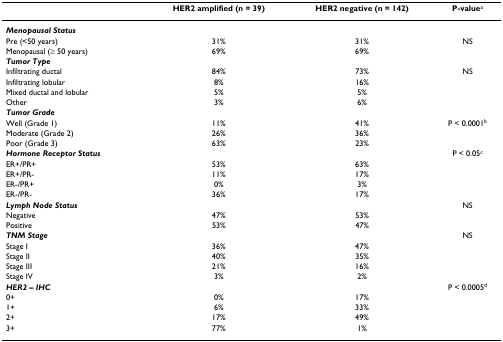
<table><thead><tr><td></td><td><b>HER2 amplified (n = 39)</b></td><td><b>HER2 negative (n = 142)</b></td><td><b>P-value<sup>a</sup></b></td></tr></thead><tbody><tr><td><b><i>Menopausal Status</i></b></td><td></td><td></td><td></td></tr><tr><td>Pre (&lt;50 years)</td><td>31%</td><td>31%</td><td>NS</td></tr><tr><td>Menopausal (≥ 50 years)</td><td>69%</td><td>69%</td><td></td></tr><tr><td><b><i>Tumor Type</i></b></td><td></td><td></td><td></td></tr><tr><td>Infiltrating ductal</td><td>84%</td><td>73%</td><td>NS</td></tr><tr><td>Infiltrating lobular</td><td>8%</td><td>16%</td><td></td></tr><tr><td>Mixed ductal and lobular</td><td>5%</td><td>5%</td><td></td></tr><tr><td>Other</td><td>3%</td><td>6%</td><td></td></tr><tr><td><b><i>Tumor Grade</i></b></td><td></td><td></td><td></td></tr><tr><td>Well (Grade 1)</td><td>11%</td><td>41%</td><td>P &lt; 0.0001<sup>b</sup></td></tr><tr><td>Moderate (Grade 2)</td><td>26%</td><td>36%</td><td></td></tr><tr><td>Poor (Grade 3)</td><td>63%</td><td>23%</td><td></td></tr><tr><td><b><i>Hormone Receptor Status</i></b></td><td></td><td></td><td>P &lt; 0.05<sup>c</sup></td></tr><tr><td>ER+/PR+</td><td>53%</td><td>63%</td><td></td></tr><tr><td>ER+/PR-</td><td>11%</td><td>17%</td><td></td></tr><tr><td>ER-/PR+</td><td>0%</td><td>3%</td><td></td></tr><tr><td>ER-/PR-</td><td>36%</td><td>17%</td><td></td></tr><tr><td><b><i>Lymph Node Status</i></b></td><td></td><td></td><td>NS</td></tr><tr><td>Negative</td><td>47%</td><td>53%</td><td></td></tr><tr><td>Positive</td><td>53%</td><td>47%</td><td></td></tr><tr><td><b><i>TNM Stage</i></b></td><td></td><td></td><td>NS</td></tr><tr><td>Stage I</td><td>36%</td><td>47%</td><td></td></tr><tr><td>Stage II</td><td>40%</td><td>35%</td><td></td></tr><tr><td>Stage III</td><td>21%</td><td>16%</td><td></td></tr><tr><td>Stage IV</td><td>3%</td><td>2%</td><td></td></tr><tr><td><b><i>HER2 – IHC</i></b></td><td></td><td></td><td>P &lt; 0.0005<sup>d</sup></td></tr><tr><td>0+</td><td>0%</td><td>17%</td><td></td></tr><tr><td>1+</td><td>6%</td><td>33%</td><td></td></tr><tr><td>2+</td><td>17%</td><td>49%</td><td></td></tr><tr><td>3+</td><td>77%</td><td>1%</td><td></td></tr></tbody></table>